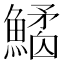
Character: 𩻎